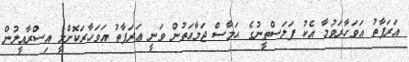
އަރަފާތު އަވަހާރަވުމާ އެކު ފަލަސްތީނުގެ ޙަމާސް ޖަމާއަތުން ވަނީ ޢަރަފާތު އަވަހާރަކޮށްލީ އިސްރާއީލުން